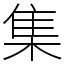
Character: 集